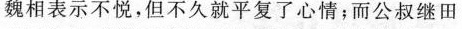
魏相表示不悦，但不久就平复了心情;而公叔继田